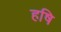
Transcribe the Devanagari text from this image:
हषि